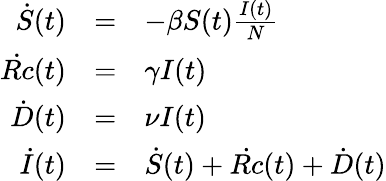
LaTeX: \begin{array}{rcl}{\dot{S}(t)}&{=}&{-\beta S(t)\frac{I(t)}{N}}\\ {\dot{Rc}(t)}&{=}&{\gamma I(t)}\\ {\dot{D}(t)}&{=}&{\nu I(t)}\\ {\dot{I}(t)}&{=}&{\dot{S}(t)+\dot{Rc}(t)+\dot{D}(t)}\end{array}